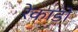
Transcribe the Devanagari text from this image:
रेकाडो